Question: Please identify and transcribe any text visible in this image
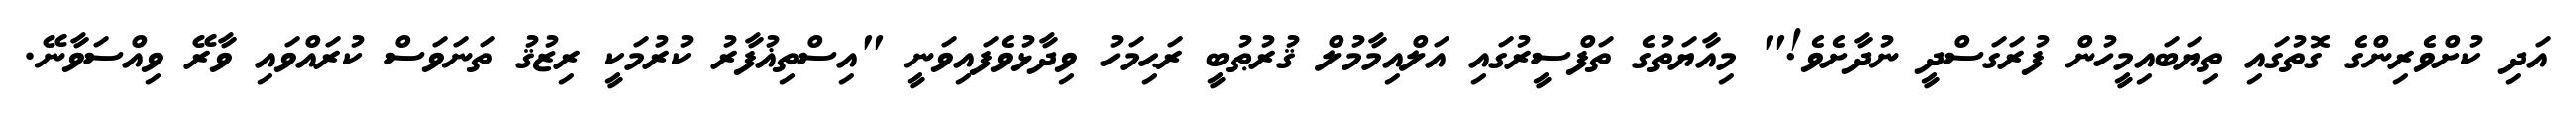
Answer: އަދި ކުށްވެރިންގެ ގޮތުގައި ތިޔަބައިމީހުން ފުރަގަސްދީ ނުދާށެވެ!" މިއާޔަތުގެ ތަފްސީރުގައި އަލްއިމާމުލް ޤުރުޠުބީ ރަޙިމަހު ވިދާޅުވެފައިވަނީ "އިސްތިޣުފާރު ކުރުމަކީ ރިޒުޤު ތަނަވަސް ކުރައްވައި ވާރޭ ވިއްސަވާނޭ.